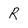
Character: R